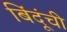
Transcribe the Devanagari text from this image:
बिंदूंची